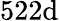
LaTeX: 522\mathrm{d}